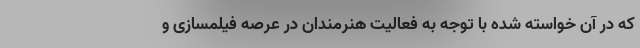
که در آن خواسته شده با توجه به فعالیت هنرمندان در عرصه فیلمسازی و